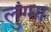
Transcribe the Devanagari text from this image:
लुंग्मा